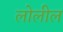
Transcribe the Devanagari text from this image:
लोलील